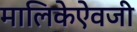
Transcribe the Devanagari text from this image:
मालिकेऐवजी